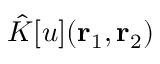
\hat { K } [ u ] ( { \mathbf { r } _ { 1 } } , { \mathbf { r } _ { 2 } } )